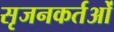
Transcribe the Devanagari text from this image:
सृजनकर्तओं